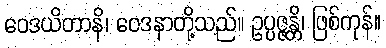
ဝေဒယိတာနိ၊ ဝေဒနာတို့သည်။ ဥပ္ပဇ္ဇန္တိ၊ ဖြစ်ကုန်။